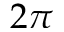
2 \pi